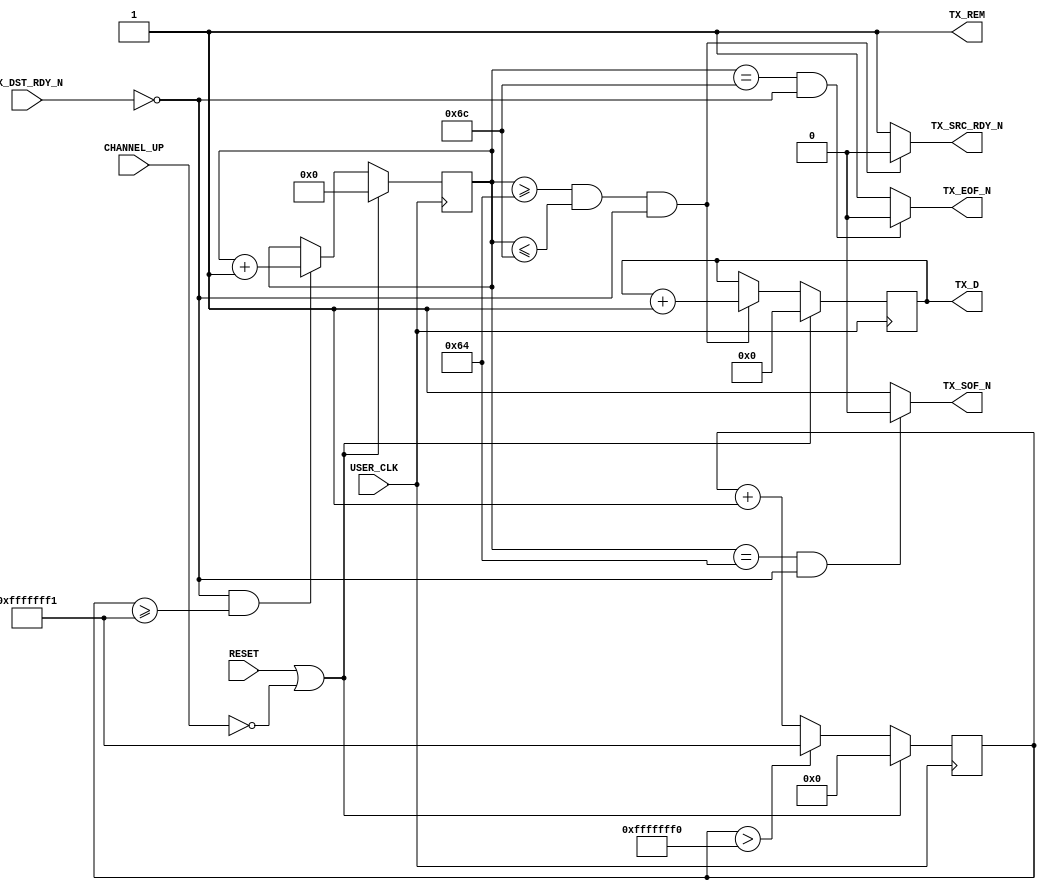
/*************************************************************************************\
    Copyright(c) 2013, China Digital TV Holding Co., Ltd,All right reserved
    Department   :  Creative Center,R&D Hardware Department
    Filename     :  aurora_8b10b_v8_3_FRAME_GEN.v
    Author       :  huangrui/1480
    ==================================================================================
    Description  :  
    
    ==================================================================================
    Modification History:
    Date        By                  Rev.        Prj.        Change Description
    ----------------------------------------------------------------------------------
    2013-06-17  huangrui/1480       1.0         IPQAM       Create
    ==================================================================================
    Called by    :  aurora_8b10b_v8_3_FRAME_GEN.v
    File tree    :  aurora_8b10b_v8_3_FRAME_GEN.v                        
\************************************************************************************/

`timescale 1 ns / 1 ps
`define DLY #1

module aurora_8b10b_v8_3_FRAME_GEN
(
    // User Interface
    TX_D, 
    TX_REM,    
    TX_SOF_N,      
    TX_EOF_N,
    TX_SRC_RDY_N,
    TX_DST_RDY_N,

    // System Interface
    USER_CLK,      
    RESET,
    CHANNEL_UP
);
//*****************************Parameter Declarations****************************

//***********************************Port Declarations*******************************

   // User Interface
    output  [0:15]     TX_D;
    output             TX_REM;
    output             TX_SOF_N;
    output             TX_EOF_N;
    output             TX_SRC_RDY_N;
    input              TX_DST_RDY_N;

      // System Interface
    input              USER_CLK;
    input              RESET;
    input              CHANNEL_UP;  
 
    wire               reset_c;
    reg     [27:0]     counter;
    reg     [0:15]     TX_D;
    reg     [31:0]     delay_cnt;


//*********************************Main Body of Code**********************************

  //Generate RESET signal when Aurora channel is not ready
  assign reset_c = RESET || !CHANNEL_UP;

always @(posedge USER_CLK)  
begin
    if(reset_c==1'b1)
    begin
        delay_cnt   <=  {32{1'b0}};
    end
    else if(delay_cnt>32'hFFFFFFF0)
    begin
        delay_cnt   <=  32'hFFFFFFF1;
    end
    else
    begin
        delay_cnt   <=  delay_cnt + 1;
    end
end

always @(posedge USER_CLK)  
begin
    if(reset_c==1'b1)
    begin
        counter <=  `DLY {28{1'b0}};
    end
    else if((TX_DST_RDY_N==1'b0) && (delay_cnt>=32'hFFFFFFF1))
    begin
        counter <=  `DLY counter + 'h1;
    end
end

always @(posedge USER_CLK)  
begin
    if(reset_c==1'b1)
    begin
        TX_D    <=  `DLY 16'h0000;
    end
    else if((counter>=100) && (counter<=108) && (TX_DST_RDY_N==1'b0))
    begin
        TX_D    <=  `DLY TX_D + 16'h0001;
    end
end

assign  TX_REM          = 1'b1;
assign  TX_SRC_RDY_N    = ((counter>=100) && (counter<=108) && (TX_DST_RDY_N==1'b0)) ? 1'b0 : 1'b1;
assign  TX_SOF_N        = ((counter==100) && (TX_DST_RDY_N==1'b0)) ? 1'b0 : 1'b1;
assign  TX_EOF_N        = ((counter==108) && (TX_DST_RDY_N==1'b0)) ? 1'b0 : 1'b1;

               

endmodule